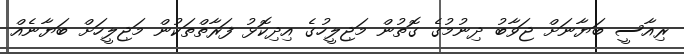
ރިއާސީ ބަޔާނަށް ޖަވާބު ދިނުމުގެ ގޮތުން މަޖިލީހުގެ އިދިކޮޅު ފަރާތްތަކުން މަޖިލީހަށް ބަޔާނެއް